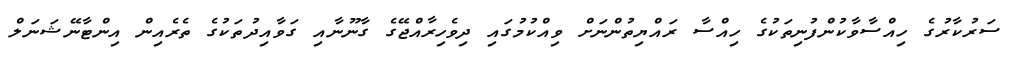
ސަރުކާރުގެ ހިއްސާވާކުންފުނިތަކުގެ ހިއްސާ ރައްޔިތުންނަށް ވިއްކުމުގައި ދިވެހިރާއްޖޭގެ ގާނޫނާއި ގަވާއިދުތަކުގެ ތެރެއިން އިންޓާނޭޝަނަލް